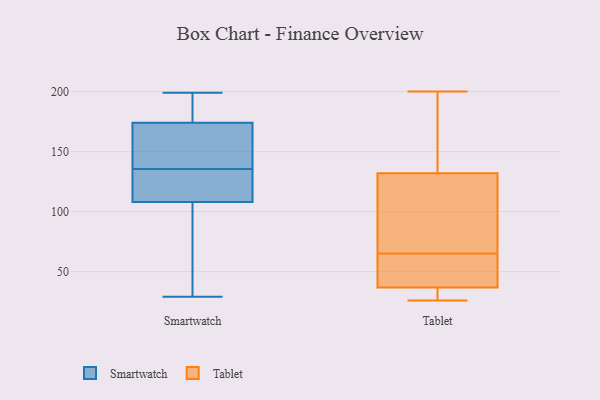
{"axis": {"x": "Conversion Rate (%)", "y": "Value"}, "legend": ["Smartwatch", "Tablet"], "data": [{"x": "", "y": 108, "type": "Smartwatch"}, {"x": "", "y": 128, "type": "Smartwatch"}, {"x": "", "y": 29, "type": "Smartwatch"}, {"x": "", "y": 178, "type": "Smartwatch"}, {"x": "", "y": 174, "type": "Smartwatch"}, {"x": "", "y": 169, "type": "Smartwatch"}, {"x": "", "y": 143, "type": "Smartwatch"}, {"x": "", "y": 113, "type": "Smartwatch"}, {"x": "", "y": 63, "type": "Smartwatch"}, {"x": "", "y": 199, "type": "Smartwatch"}, {"x": "", "y": 194, "type": "Tablet"}, {"x": "", "y": 136, "type": "Tablet"}, {"x": "", "y": 200, "type": "Tablet"}, {"x": "", "y": 30, "type": "Tablet"}, {"x": "", "y": 32, "type": "Tablet"}, {"x": "", "y": 65, "type": "Tablet"}, {"x": "", "y": 120, "type": "Tablet"}, {"x": "", "y": 51, "type": "Tablet"}, {"x": "", "y": 26, "type": "Tablet"}, {"x": "", "y": 54, "type": "Tablet"}, {"x": "", "y": 100, "type": "Tablet"}]}